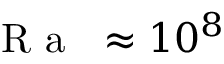
\mathrm { ~ \textit ~ { ~ R ~ a ~ } ~ } \approx 1 0 ^ { 8 }